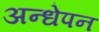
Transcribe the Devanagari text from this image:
अन्धेपन